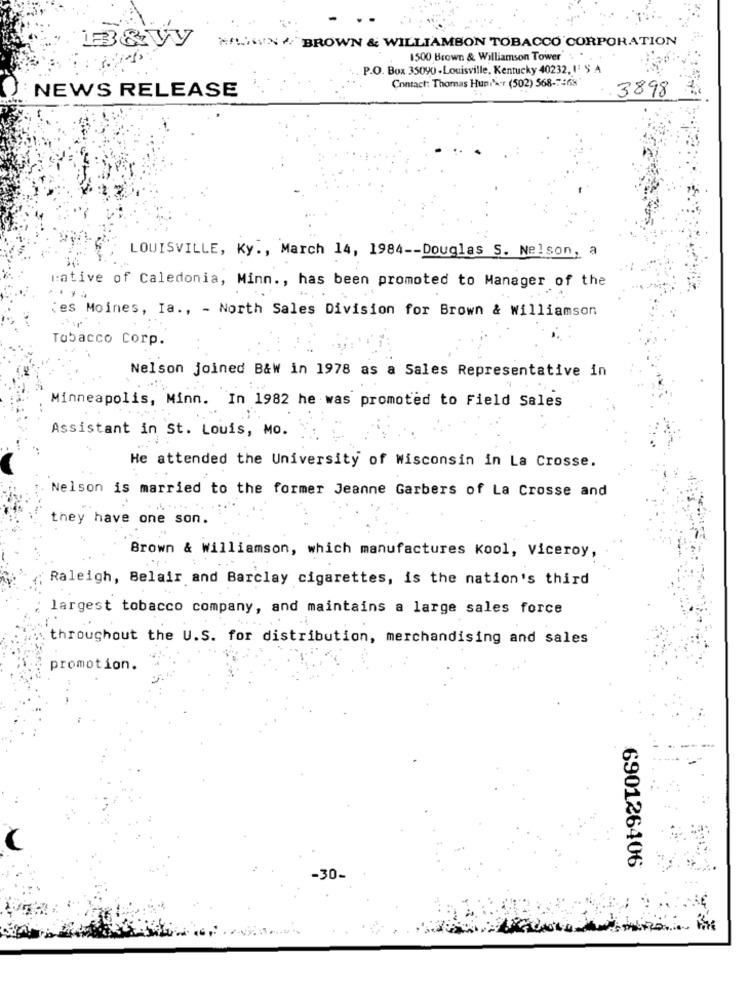
MIN/ BROWN & WILLIAMSON TOBACCO CORPORATION
1500 Brown & Williamson Tower
P.O. Box 35090 -Louisville, Kentucky 40232, I S A
Contact: Thomas Hun\\r (502) 568-7468
.3898
NEWS RELEASE
LOUISVILLE, Ky ., March 14, 1984 -- Douglas S. Nelson, a
rative of Caledonia, Minn ., has been promoted to Manager of the
¿es Moines, Ia ., - North Sales Division for Brown & Williamson
Tobacco Corp.
Nelson joined B&W in 1978 as a Sales Representative in
Minneapolis, Minn. In 1982 he was promoted to Field Sales
Assistant in St. Louis, MO.
He attended the University of Wisconsin in La Crosse.
Nelson is married to the former Jeanne Garbers of La Crosse and
they have one son.
Brown & Williamson, which manufactures Kool, Viceroy,
Raleigh, Belair and Barclay cigarettes, is the nation's third
largest tobacco company, and maintains a large sales force
throughout the U.S. for distribution, merchandising and sales
promotion.
690126406
-30.